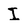
Character: I